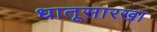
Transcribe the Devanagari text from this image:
धातूसारखा